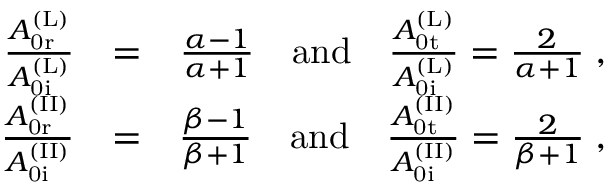
\begin{array} { r l r } { \frac { A _ { \mathrm { 0 r } } ^ { \mathrm { ( L ) } } } { A _ { \mathrm { 0 i } } ^ { \mathrm { ( L ) } } } } & { = } & { \frac { \alpha - 1 } { \alpha + 1 } \quad \mathrm { a n d } \quad \frac { A _ { \mathrm { 0 t } } ^ { \mathrm { ( L ) } } } { A _ { \mathrm { 0 i } } ^ { \mathrm { ( L ) } } } = \frac { 2 } { \alpha + 1 } \; , } \\ { \frac { A _ { \mathrm { 0 r } } ^ { \mathrm { ( I I ) } } } { A _ { \mathrm { 0 i } } ^ { \mathrm { ( I I ) } } } } & { = } & { \frac { \beta - 1 } { \beta + 1 } \quad \mathrm { a n d } \quad \frac { A _ { \mathrm { 0 t } } ^ { \mathrm { ( I I ) } } } { A _ { \mathrm { 0 i } } ^ { \mathrm { ( I I ) } } } = \frac { 2 } { \beta + 1 } \; , } \end{array}